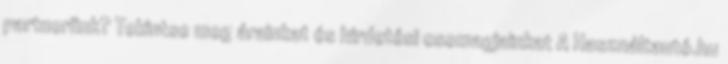
partnerünk? Tekintse meg árainkat és hirdetési csomagjainkat A Használtautó.hu